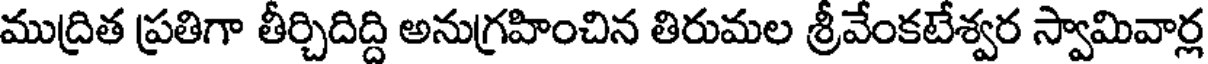
ముద్రిత ప్రతిగా తీర్చిదిద్ది అనుగ్రహించిన తిరుమల శ్రీవేంకటేశ్వర స్వామివార్ల